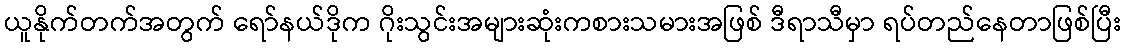
ယူနိုက်တက်အတွက် ရော်နယ်ဒိုက ဂိုးသွင်းအများဆုံးကစားသမားအဖြစ် ဒီရာသီမှာ ရပ်တည်နေတာဖြစ်ပြီး